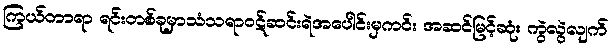
ကြယ်တာရာ ရင်းတစ်ခုမှာသံသရာဝဋ်ဆင်းရဲအပေါင်းမှကင်း အဆင်မြင့်ဆုံး ကွဲလွဲလျက်